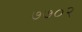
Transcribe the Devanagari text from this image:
७७०२